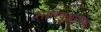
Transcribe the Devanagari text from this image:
शालवृक्षांच्या